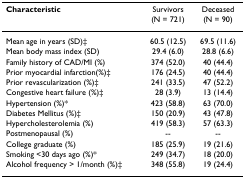
| Characteristic | Survivors | Deceased |
 |  | (N = 721) | (N = 90) |
 | --- | --- | --- |
 | Mean age in years (SD)‡ | 60.5 (12.5) | 69.5 (11.6) |
 | Mean body mass index (SD) | 29.4 (6.0) | 28.8 (6.6) |
 | Family history of CAD/MI (%) | 374 (52.0) | 40 (44.4) |
 | Prior myocardial infarction(%)‡ | 176 (24.5) | 40 (44.4) |
 | Prior revascularization (%)‡ | 241 (33.5) | 47 (52.2) |
 | Congestive heart failure (%)‡ | 28 (3.9) | 13 (14.4) |
 | Hypertension (%)* | 423 (58.8) | 63 (70.0) |
 | Diabetes Mellitus (%)‡ | 150 (20.9) | 43 (47.8) |
 | Hypercholesterolemia (%) | 419 (58.3) | 57 (63.3) |
 | Postmenopausal (%) | -- | -- |
 | College graduate (%) | 185 (25.9) | 19 (21.6) |
 | Smoking <30 days ago (%)* | 249 (34.7) | 18 (20.0) |
 | Alcohol frequency > 1/month (%)‡ | 348 (55.8) | 19 (24.4) |